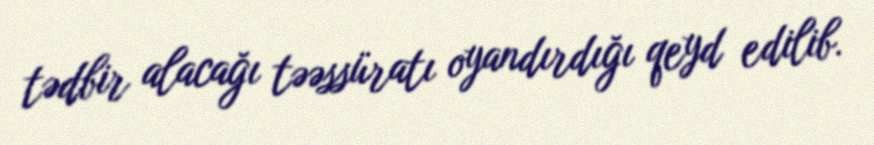
tədbir alacağı təəssüratı oyandırdığı qeyd edilib.